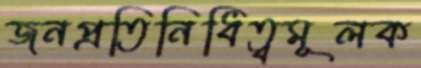
জনপ্রতিনিধিত্বমূলক